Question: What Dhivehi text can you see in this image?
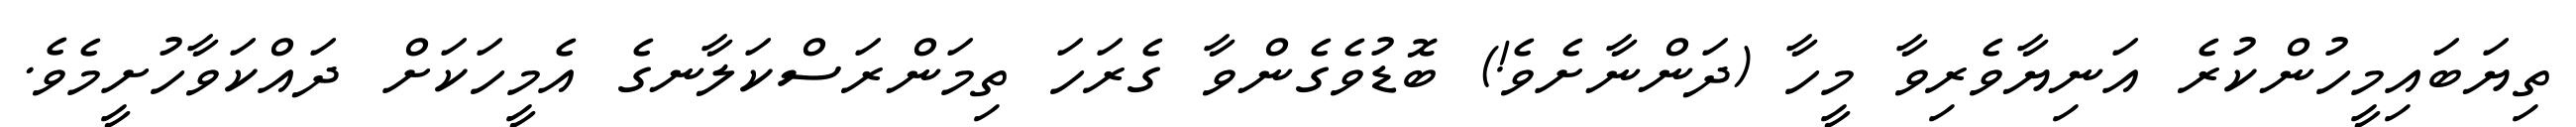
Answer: ތިޔަބައިމީހުންކުރެ އަނިޔާވެރިވާ މީހާ (ދަންނާށެވެ!) ބޮޑުވެގެންވާ ގެރަހަ ތިމަންރަސްކަލާނގެ އެމީހަކަށް ދައްކަވާހުށީމެވެ.